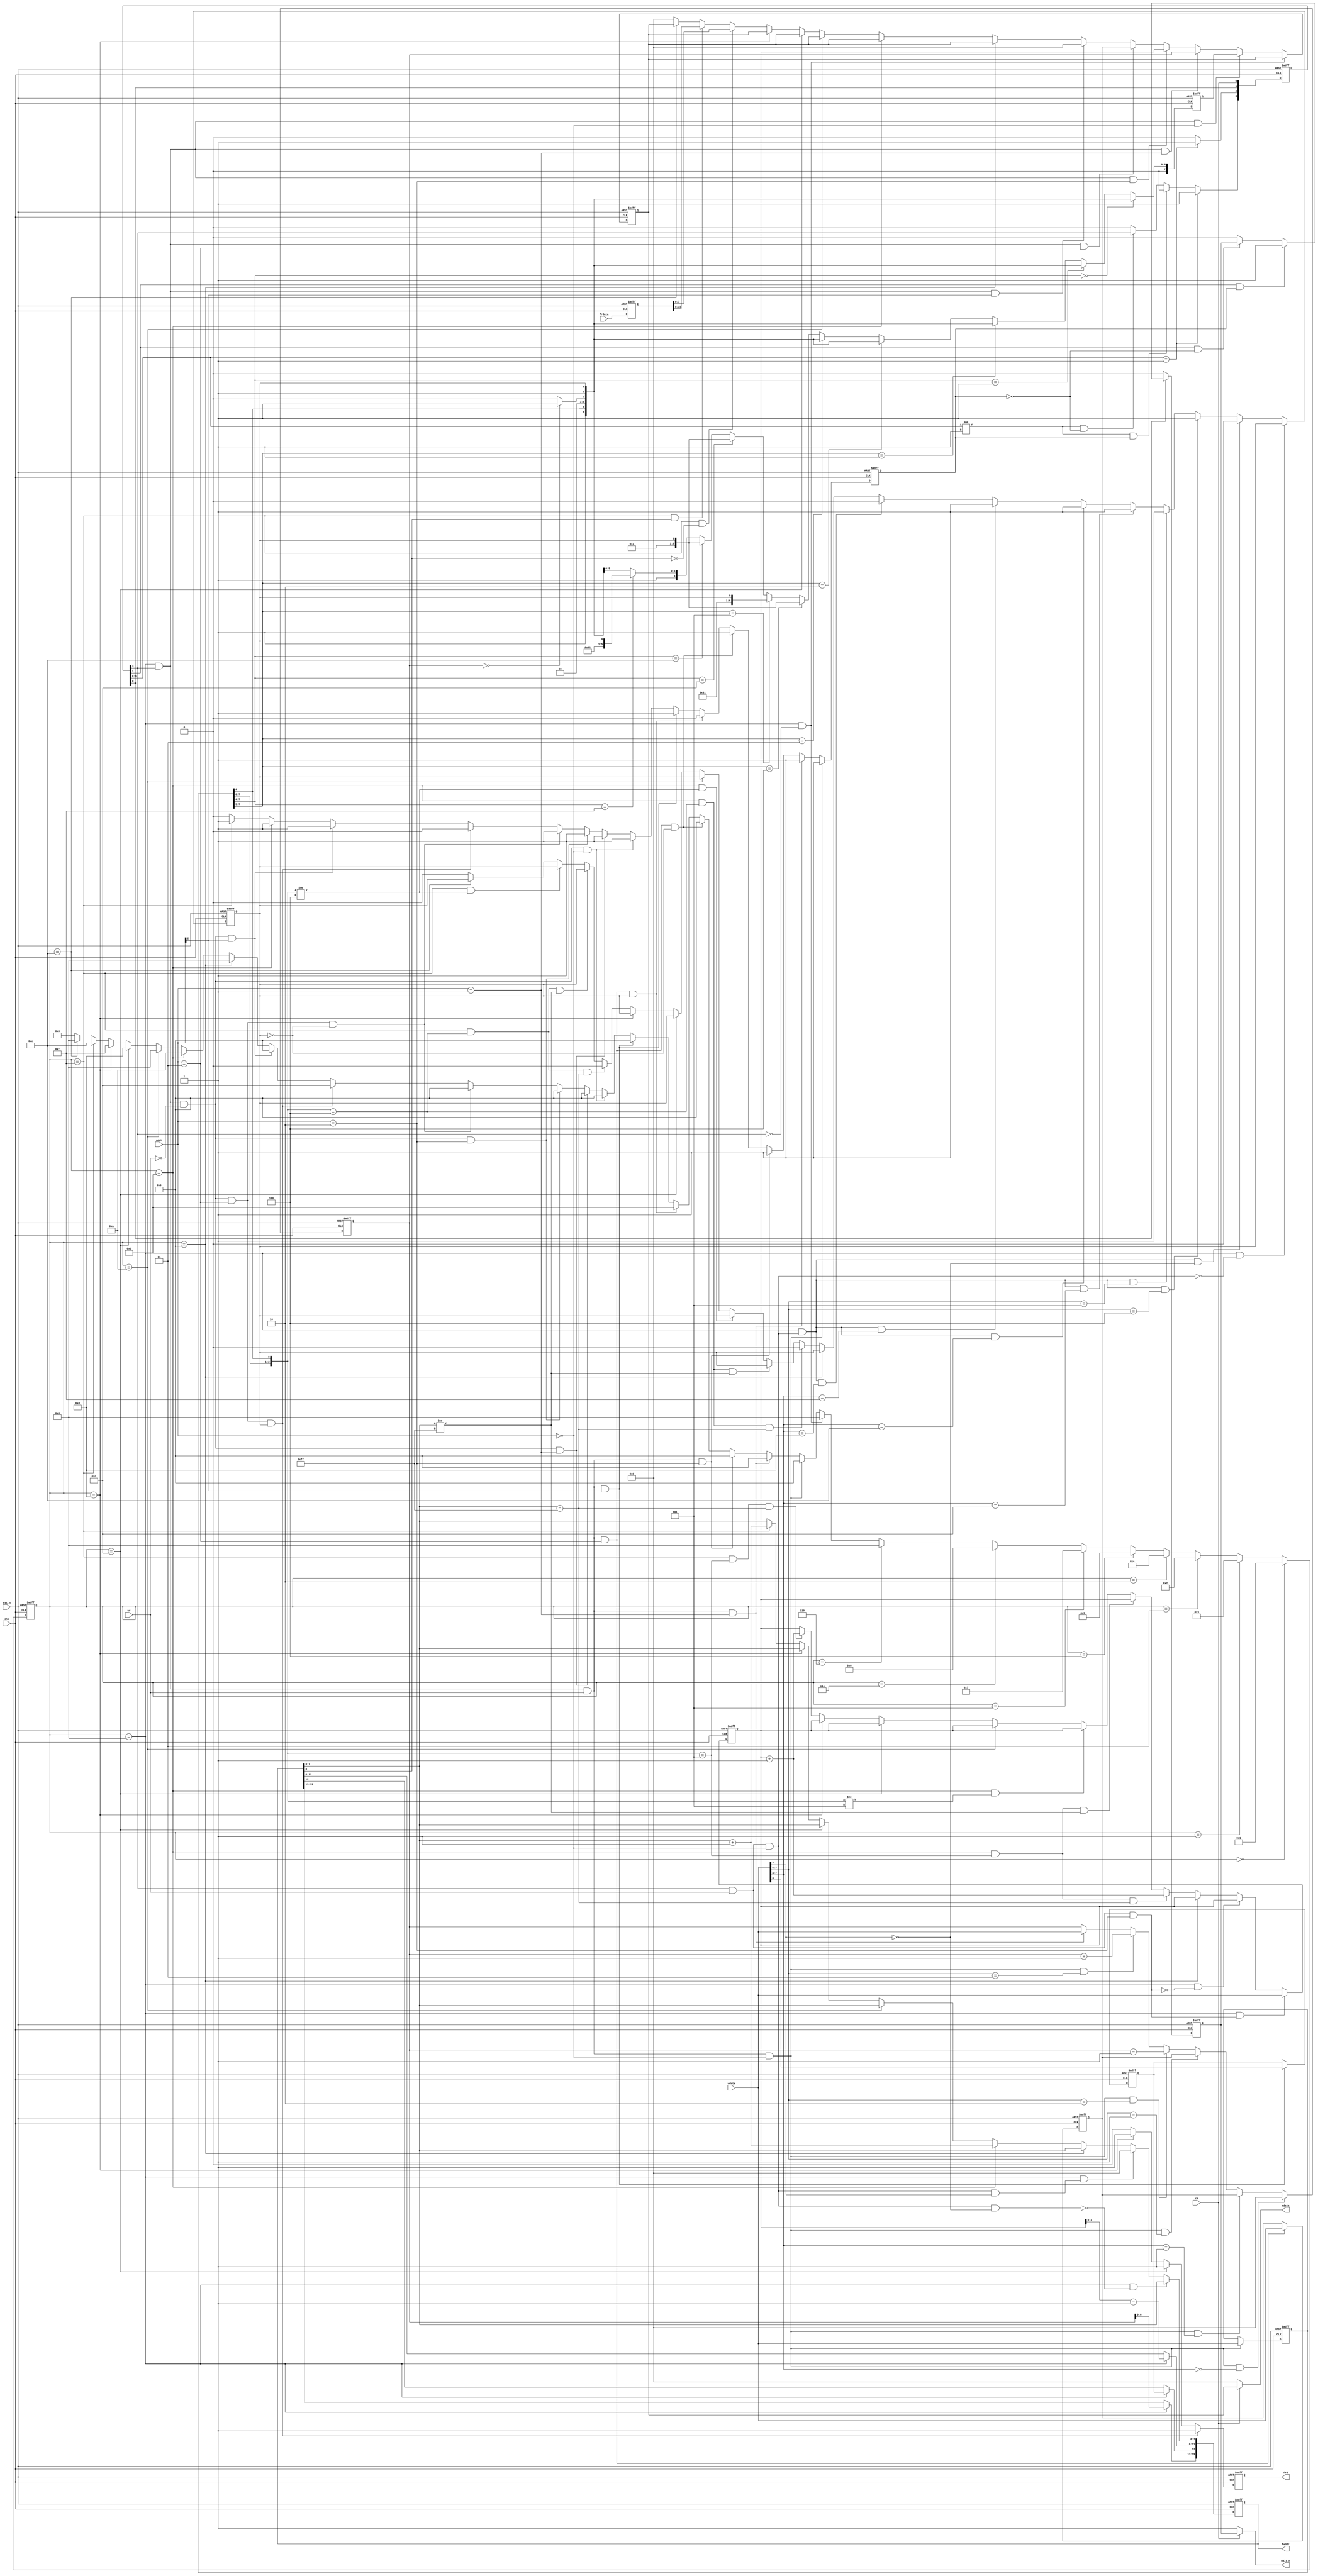
//------------------------------------------------------------------------------
//
//	n8877s.v : mb8877 fake module
//
//  LICENSE : "as-is"
//  TakeshiNagashima(T.NG) caramelgete@gmail.com
//------------------------------------------------------------------------------
//  2014/jan/11 release 0.0  
//
//------------------------------------------------------------------------------


module n8877 #(
	parameter	def_wp=4'b1111,
	parameter	busfree=8'b00
) (
	output	[19:0]	faddr,			// out   [MEM] addr
	output			frd,			// out   [MEM] rd req
	input	[15:0]	frdata,			// in    [MEM] read data

	input	[2:0]	addr,
	input	[7:0]	wdata,
	output	[7:0]	rdata,
	input			wr,
//	input			req,
//	output			ack,

	input			cs,
	output			wait_n,

	input			rst_n,
	input			clk
);

	wire	req;
	wire	ack;

	reg		[3:0] req_r;
	reg		wait_n_r;
	wire	[3:0] req_w;
	wire	wait_n_w;

	assign wait_n=(cs==1'b1) ? wait_n_r : 1'b1;

	assign req=req_r[3];


	always @(posedge clk or negedge rst_n)
	begin
		if (rst_n==1'b0)
			begin
				req_r[3:0] <= 4'b0;
				wait_n_r <= 1'b0;
			end
		else
			begin
				req_r[3:0] <= req_w[3:0];
				wait_n_r <= wait_n_w;
			end
	end

	assign req_w[0]=cs;
	assign req_w[1]=req_r[0];
	assign req_w[2]=(req_r[1:0]==2'b01) ? 1'b1 : 1'b0;
	assign req_w[3]=
			(req_r[1:0]==2'b01) ? 1'b1 :
			(req_r[1:0]!=2'b01) & (ack==1'b1) ? 1'b0 :
			(req_r[1:0]!=2'b01) & (ack==1'b0) ? req_r[3] :
			1'b0;

	assign wait_n_w=
			(req_r[0]==1'b0) ? 1'b0 :
			(req_r[1]==1'b1) & (ack==1'b1) ? 1'b1 :
			(req_r[1]==1'b1) & (ack==1'b0) ? wait_n_r :
			1'b0;

//	3'b000 : 8877 status / command
//	3'b001 : 8877 track
//	3'b010 : 8877 sector
//	3'b011 : 8877 data
//	3'b1xx : m-on,2'b0,h-side,2'b0,drvsel[1:0]

	wire	[7:0] status;
	wire	[7:0] command;
	wire	[7:0] track;
	wire	[7:0] sector;
	wire	head;
	wire	[1:0] drvsel;

	localparam	fdst00=4'b0000;
	localparam	fdst01=4'b0001;
	localparam	fdst02=4'b0011;
	localparam	fdst03=4'b0010;
	localparam	fdst04=4'b0100;
	localparam	fdst05=4'b0101;
	localparam	fdst06=4'b0111;
	localparam	fdst07=4'b0110;
	localparam	fdst10=4'b1000;
	localparam	fdst11=4'b1001;
	localparam	fdst12=4'b1011;
	localparam	fdst13=4'b1010;
	localparam	fdst14=4'b1100;
	localparam	fdst15=4'b1101;
	localparam	fdst16=4'b1111;
	localparam	fdst17=4'b1110;

	reg		[3:0] fdc_state_r;
	reg		ack_r;
	reg		[7:0] rdata_r;
	reg		fdc_busy_r;
	reg		[7:0] fdc_stat_r;
	reg		[7:0] fdc_cmd_r;
	reg		[7:0] fdc_track_r;
	reg		[7:0] fdc_sect_r;
	reg		[7:0] fdc_data_r;
	reg		fdc_head_r;
	reg		[1:0] fdc_drv_r;
	reg		[19:0] faddr_r;
	reg		[15:0] frdata_r;
	reg		frd_r;

	wire	[3:0] fdc_state_w;
	wire	ack_w;
	wire	[7:0] rdata_w;
	wire	fdc_busy_w;
	wire	[7:0] fdc_stat_w;
	wire	[7:0] fdc_cmd_w;
	wire	[7:0] fdc_track_w;
	wire	[7:0] fdc_sect_w;
	wire	[7:0] fdc_data_w;
	wire	fdc_head_w;
	wire	[1:0] fdc_drv_w;
	wire	[19:0] faddr_w;
	wire	[15:0] frdata_w;
	wire	frd_w;

	assign faddr[19:0]=faddr_r[19:0];
	assign frd=frd_r;

	assign rdata[7:0]=(cs==1) ?rdata_r[7:0] : busfree[7:0];
	assign ack=ack_r;

	always @(posedge clk or negedge rst_n)
	begin
		if (rst_n==1'b0)
			begin
				fdc_state_r <= fdst00;
				ack_r <= 1'b0;
				rdata_r[7:0] <= busfree[7:0];
				fdc_busy_r <= 1'b0;
				fdc_stat_r[7:0] <= 8'b0;
				fdc_cmd_r[7:0] <= 8'b0;
				fdc_track_r[7:0] <= 8'b0;
				fdc_sect_r[7:0] <= 8'b0;
				fdc_data_r[7:0] <= 8'he5;
				fdc_head_r <= 1'b0;
				fdc_drv_r[1:0] <= 2'b0;
				faddr_r[19:0] <= 20'b0;
				frdata_r[15:0] <= 16'b0;
				frd_r <= 1'b0;
			end
		else
			begin
				fdc_state_r <= fdc_state_w;
				ack_r <= ack_w;
				rdata_r[7:0] <= rdata_w[7:0];
				fdc_busy_r <= fdc_busy_w;
				fdc_stat_r[7:0] <= fdc_stat_w[7:0];
				fdc_cmd_r[7:0] <= fdc_cmd_w[7:0];
				fdc_track_r[7:0] <= fdc_track_w[7:0];
				fdc_sect_r[7:0] <= fdc_sect_w[7:0];
				fdc_data_r[7:0] <= fdc_data_w[7:0];
				fdc_head_r <= fdc_head_w;
				fdc_drv_r[1:0] <= fdc_drv_w[1:0];
				faddr_r[19:0] <= faddr_w[19:0];
				frdata_r[15:0] <= frdata_w[15:0];
				frd_r <= frd_w;
			end
	end

	assign fdc_state_w=
			(fdc_state_r==fdst00) ? fdst01 :	// init
			(fdc_state_r==fdst01) ? fdst02 :
			(fdc_state_r==fdst02) ? fdst03 :
			(fdc_state_r==fdst03) ? fdst04 :
			(fdc_state_r==fdst04) ? fdst05 :
			(fdc_state_r==fdst05) ? fdst06 :
			(fdc_state_r==fdst06) ? fdst07 :
			(fdc_state_r==fdst07) ? fdst10 :	// done

			(fdc_state_r==fdst10) & (req==1'b0) ? fdst10 :
			(fdc_state_r==fdst10) & (req==1'b1) & (wr==1'b1) & (addr[2:0]==3'b000) ? fdst11 :	// write cmd
			(fdc_state_r==fdst10) & (req==1'b1) & (wr==1'b1) & (addr[2:0]==3'b001) ? fdst11 :	// write track
			(fdc_state_r==fdst10) & (req==1'b1) & (wr==1'b1) & (addr[2:0]==3'b010) ? fdst11 :	// write sect
			(fdc_state_r==fdst10) & (req==1'b1) & (wr==1'b1) & (addr[2:0]==3'b011) & (fdc_busy_r==1'b0) ? fdst11 :	// write data
			(fdc_state_r==fdst10) & (req==1'b1) & (wr==1'b1) & (addr[2:0]==3'b011) & (fdc_busy_r==1'b1) ? fdst12 :	// write media
			(fdc_state_r==fdst10) & (req==1'b1) & (wr==1'b1) & (addr[2]==3'b1) ? fdst11 :	// write drvsel
			(fdc_state_r==fdst10) & (req==1'b1) & (wr==1'b0) & (addr[2:0]==3'b000) ? fdst11 :	// read stat
			(fdc_state_r==fdst10) & (req==1'b1) & (wr==1'b0) & (addr[2:0]==3'b001) ? fdst11 :	// read track
			(fdc_state_r==fdst10) & (req==1'b1) & (wr==1'b0) & (addr[2:0]==3'b010) ? fdst11 :	// read sect
			(fdc_state_r==fdst10) & (req==1'b1) & (wr==1'b0) & (addr[2:0]==3'b011) & (fdc_busy_r==1'b0) ? fdst11 :	// read data
			(fdc_state_r==fdst10) & (req==1'b1) & (wr==1'b0) & (addr[2:0]==3'b011) & (fdc_busy_r==1'b1) ? fdst14 :	// read media
			(fdc_state_r==fdst10) & (req==1'b1) & (wr==1'b0) & (addr[2]==1'b1) ? fdst11 :	// set density
			(fdc_state_r==fdst11) ? fdst10 :

			(fdc_state_r==fdst12) ? fdst13 :
			(fdc_state_r==fdst13) ? fdst10 :

			(fdc_state_r==fdst14) ? fdst15 :
			(fdc_state_r==fdst15) ? fdst16 :
			(fdc_state_r==fdst16) ? fdst17 :
			(fdc_state_r==fdst17) ? fdst10 :
			fdst00;

	assign ack_w=
			(fdc_state_r==fdst10) & (req==1'b1) & (wr==1'b1) & (addr[2:0]==3'b000) ? 1'b1 :
			(fdc_state_r==fdst10) & (req==1'b1) & (wr==1'b1) & (addr[2:0]==3'b001) ? 1'b1 :
			(fdc_state_r==fdst10) & (req==1'b1) & (wr==1'b1) & (addr[2:0]==3'b010) ? 1'b1 :
			(fdc_state_r==fdst10) & (req==1'b1) & (wr==1'b1) & (addr[2:0]==3'b011) & (fdc_busy_r==1'b0) ? 1'b1 :
			(fdc_state_r==fdst10) & (req==1'b1) & (wr==1'b1) & (addr[2:0]==3'b011) & (fdc_busy_r==1'b1) ? 1'b0 :
			(fdc_state_r==fdst10) & (req==1'b1) & (wr==1'b1) & (addr[2]==1'b1) ? 1'b1 :
			(fdc_state_r==fdst10) & (req==1'b1) & (wr==1'b0) & (addr[2:0]==3'b000) ? 1'b1 :
			(fdc_state_r==fdst10) & (req==1'b1) & (wr==1'b0) & (addr[2:0]==3'b001) ? 1'b1 :
			(fdc_state_r==fdst10) & (req==1'b1) & (wr==1'b0) & (addr[2:0]==3'b010) ? 1'b1 :
			(fdc_state_r==fdst10) & (req==1'b1) & (wr==1'b0) & (addr[2:0]==3'b011) & (fdc_busy_r==1'b0) ? 1'b1 :
			(fdc_state_r==fdst10) & (req==1'b1) & (wr==1'b0) & (addr[2:0]==3'b011) & (fdc_busy_r==1'b1) ? 1'b0 :
			(fdc_state_r==fdst10) & (req==1'b1) & (wr==1'b0) & (addr[2]==1'b1) ? 1'b1 :
			(fdc_state_r==fdst12) ? 1'b1 :
			(fdc_state_r==fdst16) ? 1'b1 :
			1'b0;

	assign rdata_w[7:0]=
		//	(fdc_state_r==fdst10) & (req==1'b0) ? busfree[7:0] :
		//	(fdc_state_r==fdst10) & (req==1'b1) & (addr[2:0]==3'b000) ? fdc_stat_r[7:0] :
		//	(fdc_state_r==fdst10) & (req==1'b1) & (addr[2:0]==3'b001) ? fdc_track_r[7:0] :
		//	(fdc_state_r==fdst10) & (req==1'b1) & (addr[2:0]==3'b010) ? fdc_sect_r[7:0] :
		//	(fdc_state_r==fdst10) & (req==1'b1) & (addr[2:0]==3'b011) ? fdc_data_r[7:0] :
		//	(fdc_state_r==fdst10) & (req==1'b1) & (addr[2]==3'b1) ? busfree[7:0] :
		//	(fdc_state_r==fdst11) ? busfree[7:0] :
		//	(fdc_state_r==fdst12) ? rdata_r[7:0] :
		//	(fdc_state_r==fdst13) ? busfree[7:0] :

			(fdc_state_r==fdst10) & (req==1'b0) ? rdata_r[7:0] :
			(fdc_state_r==fdst10) & (req==1'b1) & (addr[2:0]==3'b000) ? fdc_stat_r[7:0] :
			(fdc_state_r==fdst10) & (req==1'b1) & (addr[2:0]==3'b001) ? fdc_track_r[7:0] :
			(fdc_state_r==fdst10) & (req==1'b1) & (addr[2:0]==3'b010) ? fdc_sect_r[7:0] :
			(fdc_state_r==fdst10) & (req==1'b1) & (addr[2:0]==3'b011) ? fdc_data_r[7:0] :
			(fdc_state_r==fdst10) & (req==1'b1) & (addr[2]==3'b1) ? busfree[7:0] :
			(fdc_state_r==fdst11) ? rdata_r[7:0] :
			(fdc_state_r==fdst12) ? rdata_r[7:0] :
			(fdc_state_r==fdst13) ? rdata_r[7:0] :

			(fdc_state_r==fdst14) ? rdata_r[7:0] :
			(fdc_state_r==fdst15) ? rdata_r[7:0] :
			(fdc_state_r==fdst16) & (faddr_r[0]==1'b0) ? frdata_r[7:0] :
			(fdc_state_r==fdst16) & (faddr_r[0]==1'b1) ? frdata_r[15:8] :
			(fdc_state_r==fdst17) ? rdata_r[7:0] :
			busfree[7:0];


	wire	track00;
	wire	index;

	assign track00=(fdc_track_r[7:0]==8'b0) ? 1'b1 : 1'b0;
	assign index=1'b1;

	assign fdc_busy_w=
			(fdc_state_r==fdst10) & !((req==1'b1) & (wr==1'b1) & (addr[2:0]==3'b000)) ? fdc_busy_r :
			(fdc_state_r==fdst10) &  ((req==1'b1) & (wr==1'b1) & (addr[2:0]==3'b000)) & (wdata[7]==1'b0 ) ? 1'b0 :
			(fdc_state_r==fdst10) &  ((req==1'b1) & (wr==1'b1) & (addr[2:0]==3'b000)) & (wdata[7:5]==3'b100 ) ? 1'b1 :	// cmd2-8 : read data
			(fdc_state_r==fdst10) &  ((req==1'b1) & (wr==1'b1) & (addr[2:0]==3'b000)) & (wdata[7:5]==3'b101 ) ? 1'b1 :	// cmd2-a : write data
			(fdc_state_r==fdst10) &  ((req==1'b1) & (wr==1'b1) & (addr[2:0]==3'b000)) & (wdata[7:4]==4'b1100) ? 1'b1 :	// cmd2-c : read id
			(fdc_state_r==fdst10) &  ((req==1'b1) & (wr==1'b1) & (addr[2:0]==3'b000)) & (wdata[7:4]==4'b1110) ? 1'b1 :	// cmd2-e : read track
			(fdc_state_r==fdst10) &  ((req==1'b1) & (wr==1'b1) & (addr[2:0]==3'b000)) & (wdata[7:4]==4'b1111) ? 1'b1 :	// cmd2-f : write track
			(fdc_state_r==fdst10) &  ((req==1'b1) & (wr==1'b1) & (addr[2:0]==3'b000)) & (wdata[7:4]==4'b1101) ? 1'b0 :	// cmd2-d : interrupt
			(fdc_state_r==fdst11) ? fdc_busy_r :
			(fdc_state_r==fdst12) & ({fdc_cmd_r[7:6],fdc_cmd_r[4]}==3'b10_0) & (faddr_r[7:0]==8'hff) ? 1'b0 :
			(fdc_state_r==fdst12) & ({fdc_cmd_r[7:6],fdc_cmd_r[4]}==3'b10_0) & (faddr_r[7:0]!=8'hff) ? fdc_busy_r :
			(fdc_state_r==fdst12) & ({fdc_cmd_r[7:6],fdc_cmd_r[4]}!=3'b10_0) ? fdc_busy_r :
			(fdc_state_r==fdst13) ? fdc_busy_r :
			(fdc_state_r==fdst14) ? fdc_busy_r :
			(fdc_state_r==fdst15) ? fdc_busy_r :
			(fdc_state_r==fdst16) & ({fdc_cmd_r[7:6],fdc_cmd_r[4]}==3'b10_0) & (faddr_r[7:0]==8'hff) ? 1'b0 :
			(fdc_state_r==fdst16) & ({fdc_cmd_r[7:6],fdc_cmd_r[4]}==3'b10_0) & (faddr_r[7:0]!=8'hff) ? fdc_busy_r :
			(fdc_state_r==fdst16) & ({fdc_cmd_r[7:6],fdc_cmd_r[4]}!=3'b10_0) ? fdc_busy_r :
			(fdc_state_r==fdst17) ? fdc_busy_r :
			1'b0;

	assign fdc_stat_w[7:0]=
			(fdc_cmd_r[7:4]==4'b0000) ? {1'b0,def_wp[0],fdc_cmd_r[4],1'b0,1'b0,track00,index,fdc_busy_r} :	// cmd1-0 : seek00
			(fdc_cmd_r[7:4]==4'b0001) ? {1'b0,def_wp[0],fdc_cmd_r[4],1'b0,1'b0,track00,index,fdc_busy_r} :	// cmd1-1 : seek
			(fdc_cmd_r[7:5]==3'b001 ) ? {1'b0,def_wp[0],fdc_cmd_r[4],1'b0,1'b0,track00,index,fdc_busy_r} :	// cmd1-2 : seek
			(fdc_cmd_r[7:5]==3'b010 ) ? {1'b0,def_wp[0],fdc_cmd_r[4],1'b0,1'b0,track00,index,fdc_busy_r} :	// cmd1-4 : seek-1
			(fdc_cmd_r[7:5]==3'b011 ) ? {1'b0,def_wp[0],fdc_cmd_r[4],1'b0,1'b0,track00,index,fdc_busy_r} :	// cmd1-6 : seek+1
			(fdc_cmd_r[7:5]==3'b100 ) ? {1'b0,1'b0,1'b0,1'b0,1'b0,1'b0,1'b1,fdc_busy_r} :	// cmd2-8 : read data
			(fdc_cmd_r[7:5]==3'b101 ) ? {1'b0,def_wp[0],1'b1,1'b0,1'b0,1'b0,1'b1,fdc_busy_r} :	// cmd2-a : write data
			(fdc_cmd_r[7:4]==4'b1100) ? {1'b0,1'b0,1'b0,1'b0,1'b0,1'b0,1'b1,fdc_busy_r} :	// cmd3-c : read id
			(fdc_cmd_r[7:4]==4'b1110) ? {1'b0,1'b0,1'b0,1'b0,1'b0,1'b0,1'b1,fdc_busy_r} :	// cmd3-e : read track
			(fdc_cmd_r[7:4]==4'b1111) ? {1'b0,def_wp[0],1'b1,1'b0,1'b0,1'b0,1'b1,fdc_busy_r} :	// cmd3-f : write track
			(fdc_cmd_r[7:4]==4'b1101) ? {1'b0,def_wp[0],fdc_cmd_r[4],1'b0,1'b0,track00,index,fdc_busy_r} :	// cmd4-d : interrupt
			{1'b0,def_wp[0],fdc_cmd_r[4],1'b0,1'b0,track00,index,fdc_busy_r};

	assign fdc_cmd_w[7:0]=(fdc_state_r==fdst10) & (req==1'b1) & (wr==1'b1) & (addr[2:0]==3'b000) ? wdata[7:0] : fdc_cmd_r[7:0];
	assign fdc_track_w[7:0]=
			(fdc_state_r==fdst10) & (req==1'b1) & (wr==1'b1) & (addr[2:0]==3'b000) & (wdata[7:4]==4'b0000) ? 8'b0 :	// cmd1-0 : seek00
			(fdc_state_r==fdst10) & (req==1'b1) & (wr==1'b1) & (addr[2:0]==3'b000) & (wdata[7:4]==4'b0001) ? fdc_data_r[7:0] :	// cmd1-1 : seek
			(fdc_state_r==fdst10) & (req==1'b1) & (wr==1'b1) & (addr[2:0]==3'b000) & (wdata[7:5]==3'b001 ) ? fdc_data_r[7:0] :	// cmd1-2 : seek
			(fdc_state_r==fdst10) & (req==1'b1) & (wr==1'b1) & (addr[2:0]==3'b000) & (wdata[7:5]==3'b010 ) ? fdc_track_r[7:0]-8'b01 :	// cmd1-4 : seek-1
			(fdc_state_r==fdst10) & (req==1'b1) & (wr==1'b1) & (addr[2:0]==3'b000) & (wdata[7:5]==3'b011 ) ? fdc_track_r[7:0]+8'b01 :	// cmd1-6 : seek+1
			(fdc_state_r==fdst10) & (req==1'b1) & (wr==1'b1) & (addr[2:0]==3'b001) ? wdata[7:0] :
			fdc_track_r[7:0];

	assign fdc_sect_w[7:0]=
			(fdc_state_r==fdst10) &  ((req==1'b1) & (wr==1'b1) & (addr[2:0]==3'b010)) ? wdata[7:0] :
			(fdc_state_r==fdst10) & !((req==1'b1) & (wr==1'b1) & (addr[2:0]==3'b010)) ? fdc_sect_r[7:0] :
			(fdc_state_r==fdst11) ? fdc_sect_r[7:0] :
			(fdc_state_r==fdst12) & ({fdc_cmd_r[7:6],fdc_cmd_r[4]}==3'b10_1) & (faddr_r[7:0]==8'hff) ? fdc_sect_r[7:0]+8'b01 :
			(fdc_state_r==fdst12) & ({fdc_cmd_r[7:6],fdc_cmd_r[4]}==3'b10_1) & (faddr_r[7:0]!=8'hff) ? fdc_sect_r[7:0] :
			(fdc_state_r==fdst12) & ({fdc_cmd_r[7:6],fdc_cmd_r[4]}!=3'b10_1) ? fdc_sect_r[7:0] :
			(fdc_state_r==fdst13) ? fdc_sect_r[7:0] :
			(fdc_state_r==fdst14) ? fdc_sect_r[7:0] :
			(fdc_state_r==fdst15) ? fdc_sect_r[7:0] :
			(fdc_state_r==fdst16) & ({fdc_cmd_r[7:6],fdc_cmd_r[4]}==3'b10_1) & (faddr_r[7:0]==8'hff) ? fdc_sect_r[7:0]+8'b01 :
			(fdc_state_r==fdst16) & ({fdc_cmd_r[7:6],fdc_cmd_r[4]}==3'b10_1) & (faddr_r[7:0]!=8'hff) ? fdc_sect_r[7:0] :
			(fdc_state_r==fdst16) & ({fdc_cmd_r[7:6],fdc_cmd_r[4]}!=3'b10_1) ? fdc_sect_r[7:0] :
			(fdc_state_r==fdst17) ? fdc_sect_r[7:0] :
			fdc_sect_r[7:0];

	assign fdc_data_w[7:0]=(fdc_state_r==fdst10) & (req==1'b1) & (wr==1'b1) & (addr[2:0]==3'b011) ? wdata[7:0] : fdc_data_r[7:0];
	assign fdc_head_w=(fdc_state_r==fdst10) & (req==1'b1) & (wr==1'b1) & (addr[2]==1'b1) ? wdata[4] : fdc_head_r;
	assign fdc_drv_w[1:0]=(fdc_state_r==fdst10) & (req==1'b1) & (wr==1'b1) & (addr[2]==1'b1) ? wdata[1:0] : fdc_drv_r[1:0];

	assign faddr_w[11:8]=(fdc_state_r==fdst10) ? {fdc_sect_r[3:0]-4'b01} : faddr_r[11:8];
	assign faddr_w[12]=(fdc_state_r==fdst10) ? fdc_head_r : faddr_r[12];
	assign faddr_w[19:13]=(fdc_state_r==fdst10) ? fdc_track_r[6:0] : faddr_r[19:13];

	assign faddr_w[7:0]=
			(fdc_state_r==fdst10) & !((req==1'b1) & (wr==1'b1) & (addr[2:0]==3'b000) & (wdata[7]!=1'b1)) ? faddr_r[7:0] :	//
			(fdc_state_r==fdst10) &  ((req==1'b1) & (wr==1'b1) & (addr[2:0]==3'b000) & (wdata[7]==1'b1)) ? 8'b0 :	// cmd2,cmd3
			(fdc_state_r==fdst11) ? faddr_r[7:0] :
			(fdc_state_r==fdst12) ? faddr_r[7:0]+8'b01 :
			(fdc_state_r==fdst13) ? faddr_r[7:0] :
			(fdc_state_r==fdst14) ? faddr_r[7:0] :
			(fdc_state_r==fdst15) ? faddr_r[7:0] :
			(fdc_state_r==fdst16) ? faddr_r[7:0]+8'b01 :
			(fdc_state_r==fdst17) ? faddr_r[7:0] :
			faddr_r[7:0];

	assign frd_w=
			(fdc_state_r==fdst10) & (req==1'b1) & (wr==1'b0) & (addr[2:0]==3'b011) & (fdc_busy_r==1'b1) ? 1'b1 :
			(fdc_state_r==fdst14) ? 1'b1 :
			(fdc_state_r==fdst15) ? 1'b1 :
			(fdc_state_r==fdst16) ? 1'b0 :
			(fdc_state_r==fdst17) ? 1'b0 :
			1'b0;

	assign frdata_w[15:0]=frdata[15:0];

endmodule